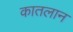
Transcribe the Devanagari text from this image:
कातलान